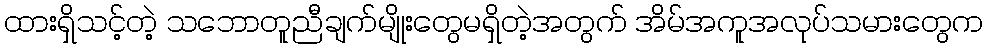
ထားရှိသင့်တဲ့ သဘောတူညီချက်မျိုးတွေမရှိတဲ့အတွက် အိမ်အကူအလုပ်သမားတွေက